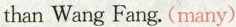
than Wang Fang.(many)